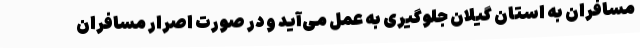
مسافران به استان گیلان جلوگیری به عمل می‌آید و در صورت اصرار مسافران